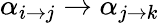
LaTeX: \alpha_{i\to j}\to\alpha_{j\to k}